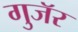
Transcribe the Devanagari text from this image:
गुजॅर